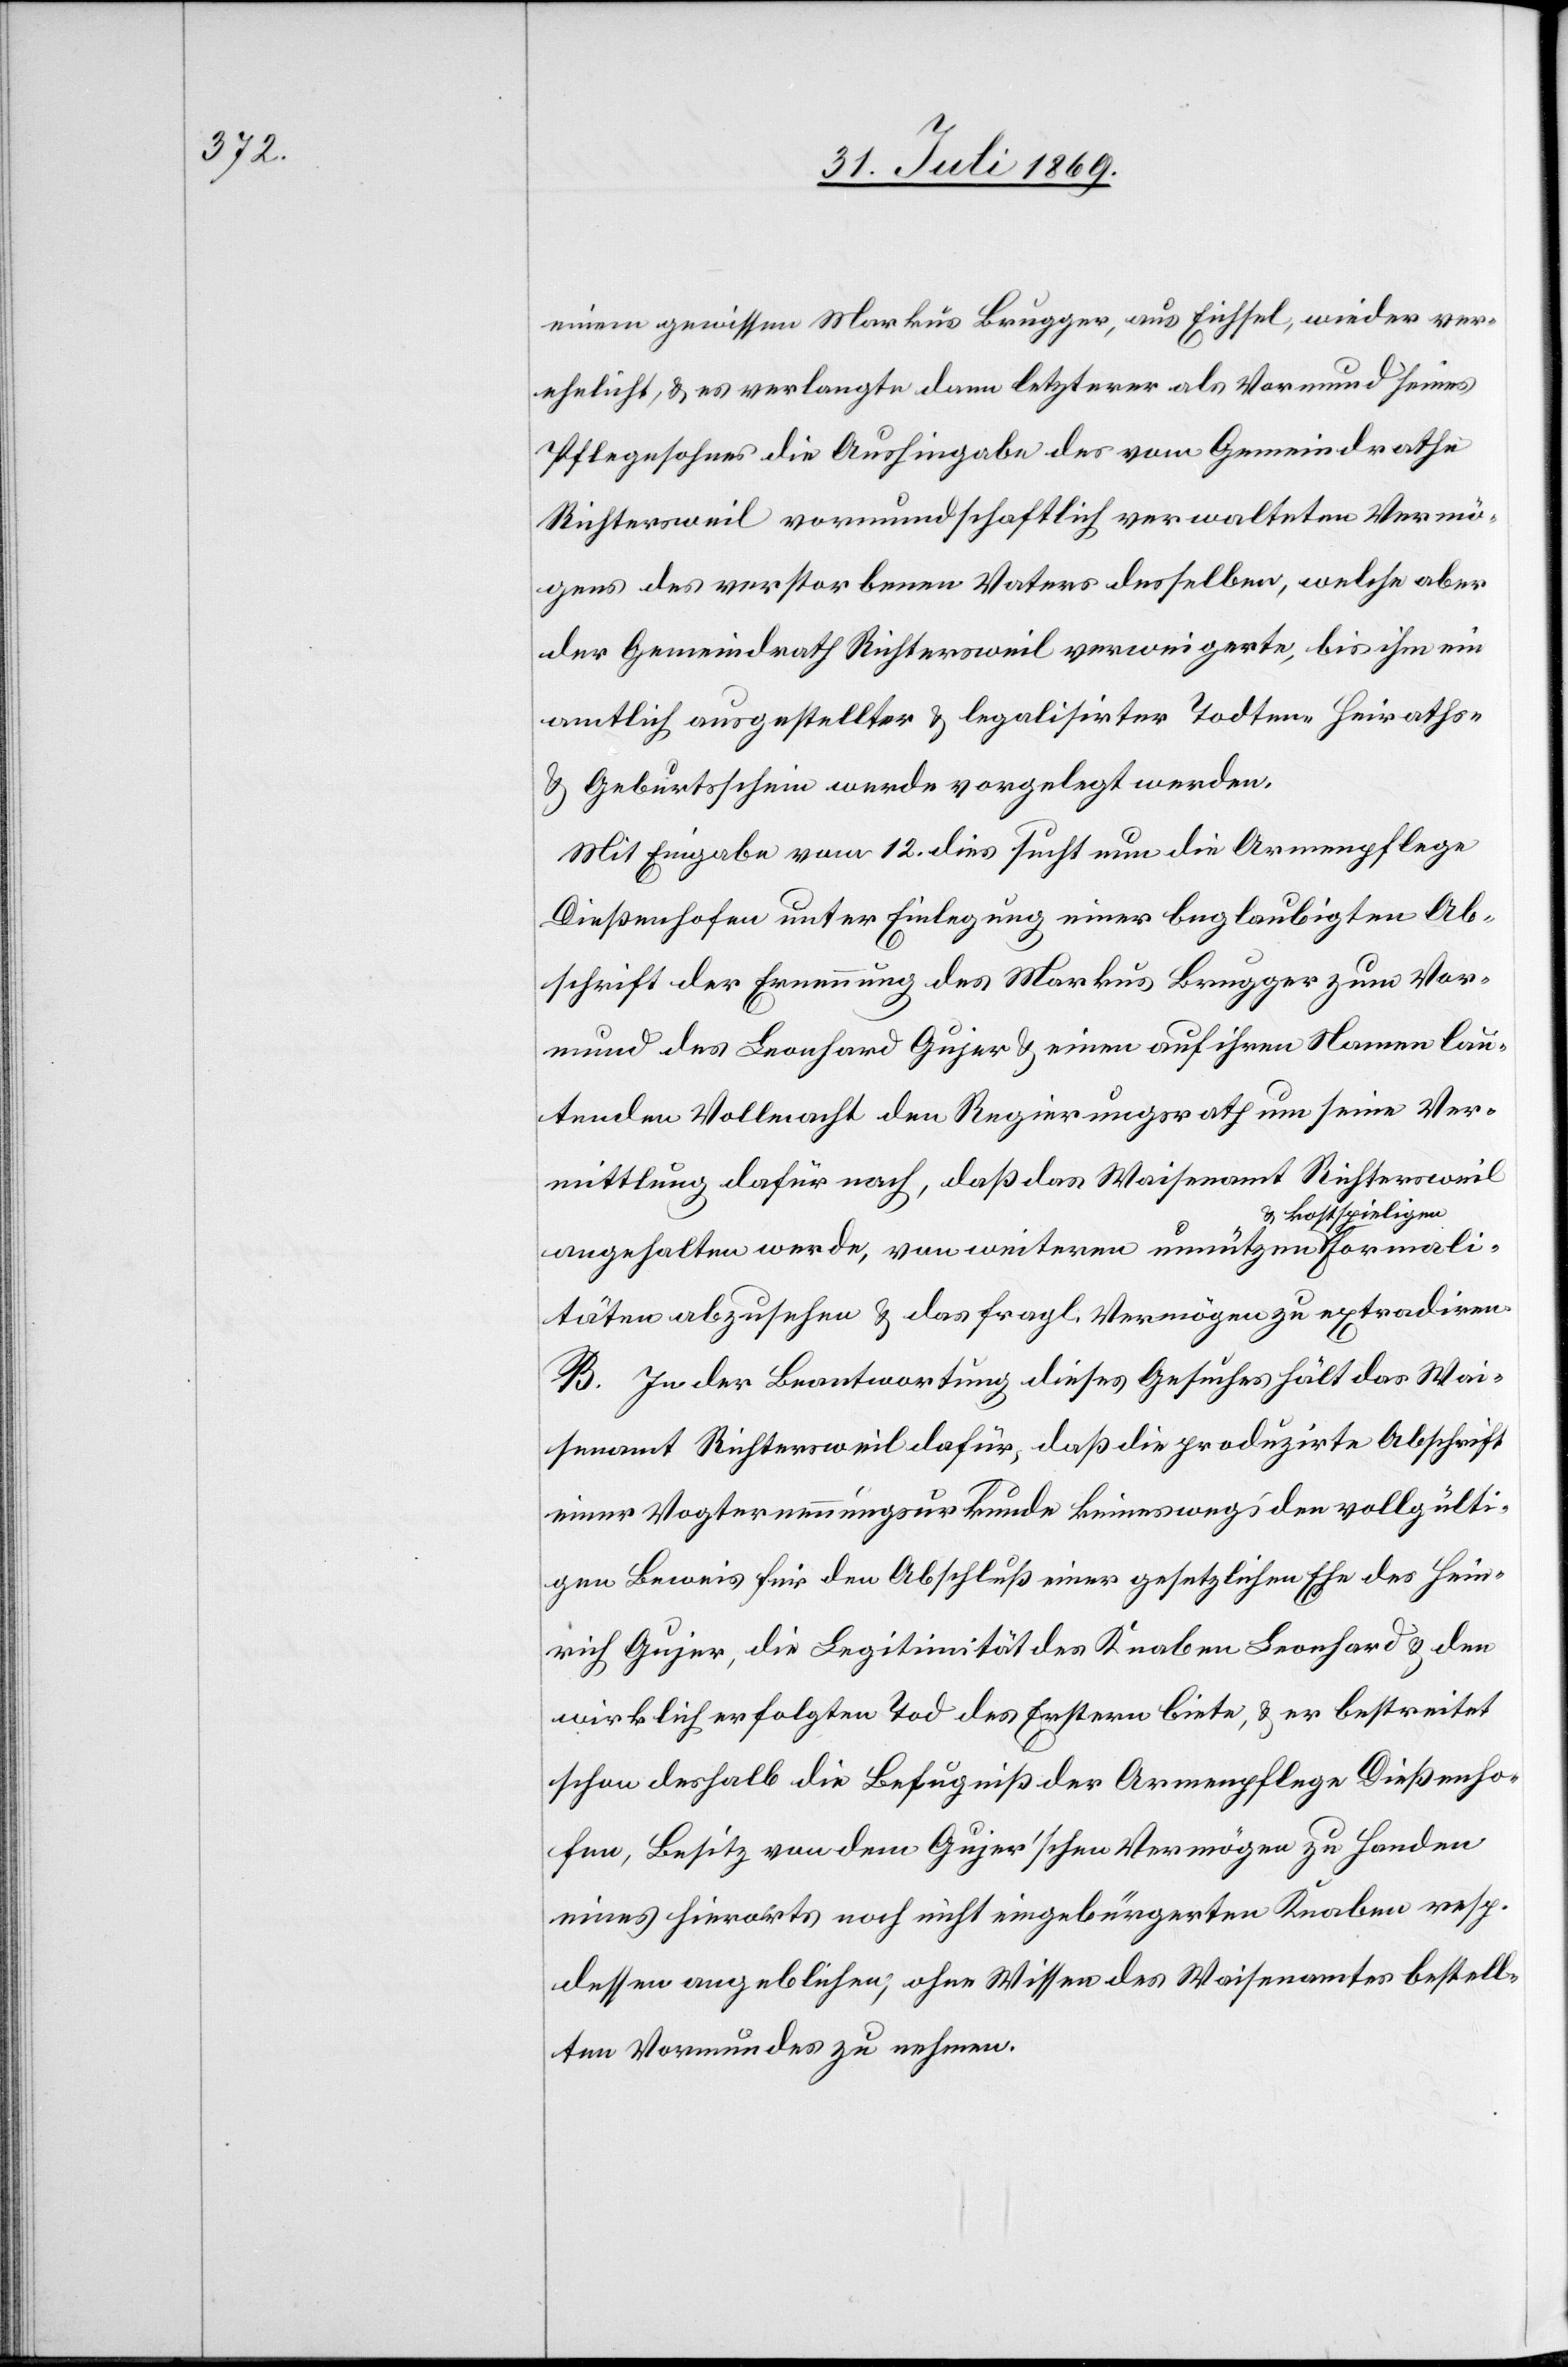
Formal¬

einem gewissen Markus Brugger, aus Eiffel, wieder ver¬
ehelicht, u. es verlangte dann letzterer als Vomund seines
Pflegesohnes die Aushingabe des vom Gemeindrathe
Richtersweil vormundschaftlich verwalteten Vermö¬
gens des verstorbenen Vaters desselben, welche aber
der Gemeindrath Richtersweil verweigerte, bis ihm ein
amtlich ausgestellter u. legalisirter Todten-[,] Heiraths-
u. Geburtsschein werde vorgelegt werden.
Mit Eingabe vom 12. dies sucht nun die Armenpflege
Dießenhofen unter Einlegung einer beglaubigten Ab¬
schrift der Ernennung des Markus Brugger zum Vor¬
mund des Leonhard Gujer u. einen [sic!] auf ihren Namen lau¬
tenden Vollmacht den Regierungsrath um seine Ver¬
mittlung dafür nach, daß das Waisenamt Richtersweil
kostspieligen
angehalten werde, von weiteren unnutzen u.
itäten abzusehen u. das fragl. Vermögen zu extradiren.
B. In der Beantwortung dieses Gesuches hält das Wai¬
senamt Richtersweil dafür, daß die produzirte Abschrift
einer Vogternennungsurkunde keineswegs den vollgülti¬
gen Beweis für den Abschluß einer gesetzlichen Ehe des Hein¬
rich Gujer, die Legitimität des Knaben Leonhard u. den
wirklich erfolgten Tod des Erstern biete, u. er bestreitet
schon deshalb die Befugniß der Armenpflege Dießenho¬
fen, Besitz von dem Gujer’schen Vermögen zu Handen
eines hierorts noch nicht eingebürgerten Knaben resp.
dessen angeblichen, ohne Wissen des Waisenamtes bestell¬
ten Vormundes zu nehmen.